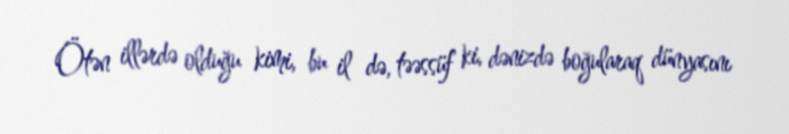
Ötən illərdə olduğu kimi, bu il də, təəssüf ki, dənizdə boğularaq dünyasını